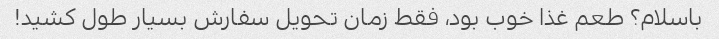
باسلام؟ طعم غذا خوب بود، فقط زمان تحویل سفارش بسیار طول کشید!